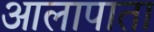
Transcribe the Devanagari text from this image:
आलापाता